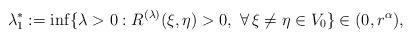
LaTeX: \begin{align*} \lambda_1^*:= \inf \{\lambda>0: R^{(\lambda)}(\xi, \eta)>0, \ \forall \, \xi \neq \eta \in V_0\} \in (0, r^\alpha),\end{align*}